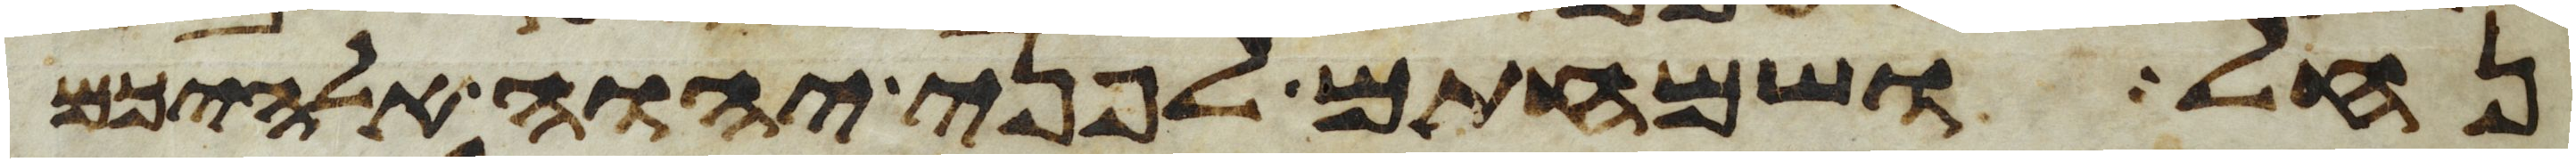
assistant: נחל ושמחתם לפני יהוה אלהיכם